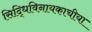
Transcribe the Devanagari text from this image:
सिद्धिविनायकाचीया